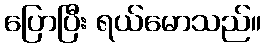
ပြောပြီး ရယ်မောသည်။